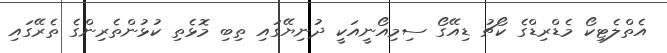
އެތްލެޓިކޯ މެޑްރިޑްގެ ކޯޗު ޑިއޭގޯ ސިމިއޯނީއަކީ ދުނިޔޭގައި ތިބި މޮޅެތި ކުޅުންތެރިންގެ ތެރޭގައިި